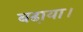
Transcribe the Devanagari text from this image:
बढा़या।